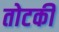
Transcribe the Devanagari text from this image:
तोटकी